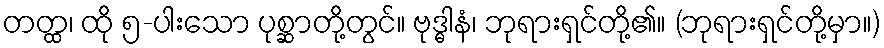
တတ္ထ၊ ထို ၅-ပါးသော ပုစ္ဆာတို့တွင်။ ဗုဒ္ဓါနံ၊ ဘုရားရှင်တို့၏။ (ဘုရားရှင်တို့မှာ။)